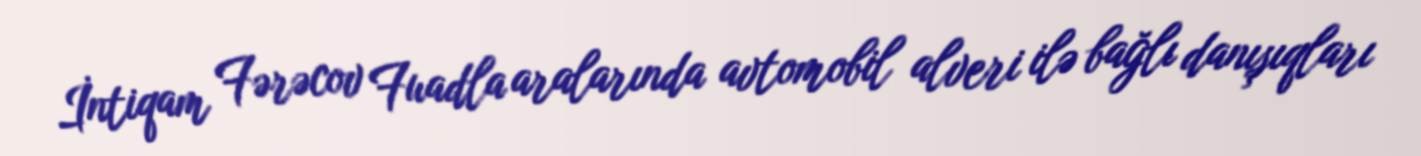
İntiqam Fərəcov Fuadla aralarında avtomobil alveri ilə bağlı danışıqları